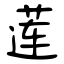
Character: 莲